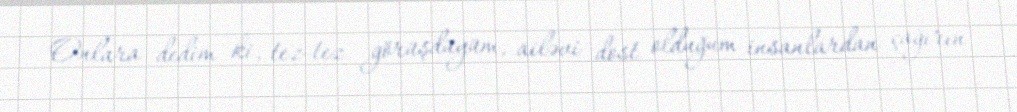
Onlara dedim ki, tez-tez görüşdüyüm, ailəvi dost olduğum insanlardan çağırın